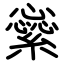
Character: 繠